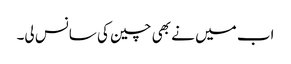
اب میں نے بھی چین کی سانس لی۔